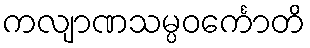
ကလျာဏသမ္ပဝင်္ကောတိ